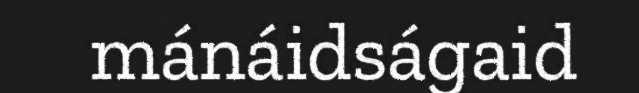
mánáidságaid